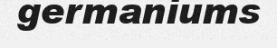
germaniums